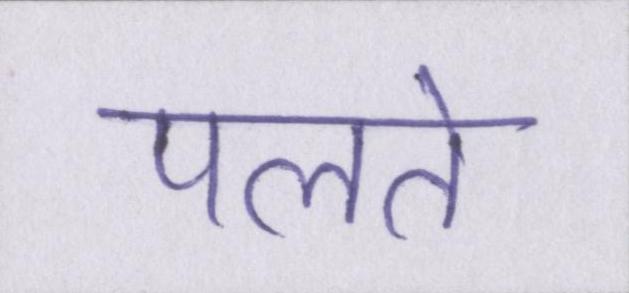
पलते